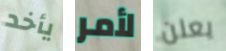
يأخد لأمر يعلن